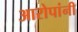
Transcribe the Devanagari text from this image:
आरोपांनी